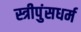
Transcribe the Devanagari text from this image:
स्त्रीपुंसधर्म